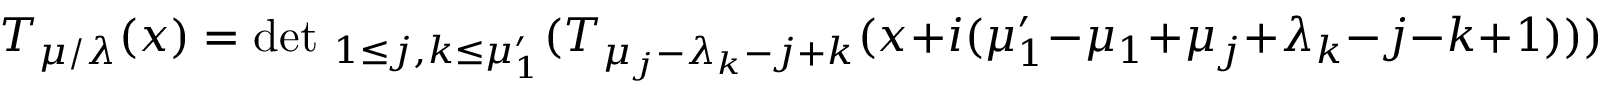
{ \cal T } _ { \mu / \lambda } ( x ) = \mathrm { d e t ~ } _ { 1 \le j , k \le \mu _ { 1 } ^ { \prime } } ( T _ { \mu _ { j } - \lambda _ { k } - j + k } ( x + i ( \mu _ { 1 } ^ { \prime } - \mu _ { 1 } + \mu _ { j } + \lambda _ { k } - j - k + 1 ) ) )